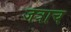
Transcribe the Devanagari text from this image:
जत्राच